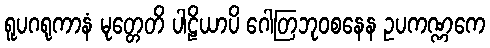
ရူပဂရုကာနံ မုတ္တေတိ ပါဠိယာပိ ဂေါတြဘုဝစနေန ဥပကဏ္ဏကေ